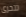
تتحرى